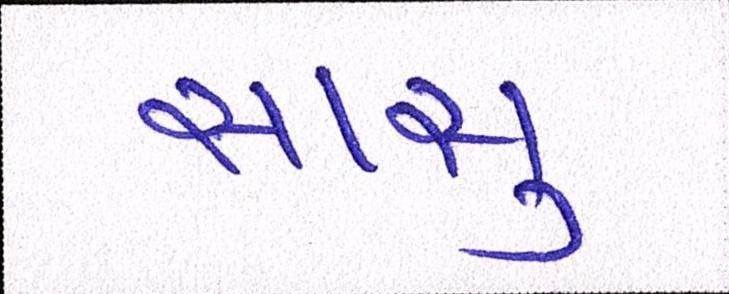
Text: સાસુ